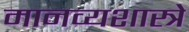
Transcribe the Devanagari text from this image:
मानव्यशास्त्रे